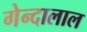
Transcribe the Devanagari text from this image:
गेन्दालाल